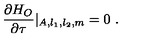
{ \frac { \partial H _ { O } } { \partial \tau } } | _ { A , l _ { 1 } , l _ { 2 } , m } = 0 \ .